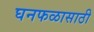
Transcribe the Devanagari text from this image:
घनफळासाठी